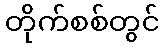
တိုက်စစ်တွင်